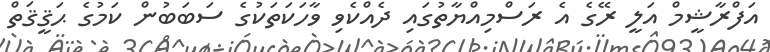
އަފްރާޝީމް އަލީ ރޭގެ އެ ރަސްމިއްޔާތުގައި ދެއްކެވި ވާހަކަތަކުގެ ސަބަބުން ކަމުގެ ޙަޤީޤަތް